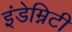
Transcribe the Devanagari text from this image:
इंडेम्निटी